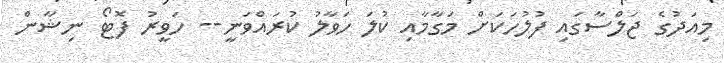
މިއަދުގެ ޖަލްސާގައި ފުލުހަކަށް މަގާމާއި ކުލަ ހަވާލު ކުރައްވަނީ-- ހަވީރު ފޮޓޯ ނިޝާން